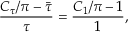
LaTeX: \frac { C _ { \tau } / \pi - \bar { \tau } } { \tau } = \frac { C _ { 1 } / \pi - 1 } { 1 } ,